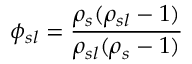
\phi _ { s l } = { \frac { \rho _ { s } ( \rho _ { s l } - 1 ) } { \rho _ { s l } ( \rho _ { s } - 1 ) } }